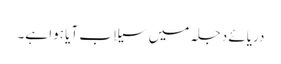
دریائے دجلہ میں سیلاب آیا ہوا ہے۔